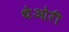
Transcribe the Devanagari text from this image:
थेओरी